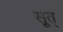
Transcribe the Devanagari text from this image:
सूत्